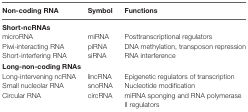
<table><thead><tr><td><b>Non-coding RNA</b></td><td><b>Symbol</b></td><td><b>Functions</b></td></tr></thead><tbody><tr><td colspan="3"><b>Short-ncRNAs</b></td></tr><tr><td>microRNA</td><td>miRNA</td><td>Posttranscriptional regulators</td></tr><tr><td>Piwi-interacting RNA</td><td>piRNA</td><td>DNA methylation, transposon repression</td></tr><tr><td>Short-interfering RNA</td><td>siRNA</td><td>RNA interference</td></tr><tr><td colspan="3"><b>Long-non-coding RNAs</b></td></tr><tr><td>Long-intervening ncRNA</td><td>lincRNA</td><td>Epigenetic regulators of transcription</td></tr><tr><td>Small nucleolar RNA</td><td>snoRNA</td><td>Nucleotide modification</td></tr><tr><td>Circular RNA</td><td>circRNA</td><td>miRNA sponging and RNA polymerase II regulators</td></tr></tbody></table>